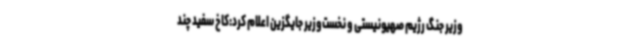
وزیر جنگ رژیم صهیونیستی و نخست‌وزیر جایگزین اعلام کرد:کاخ سفید چند